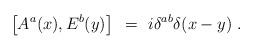
LaTeX: \begin{align*}\left[ A^a(x), E^b(y) \right]~=~i\delta^{ab}\delta(x-y) \; .\end{align*}